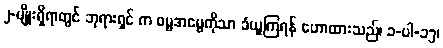
၂-မျိုးရှိရာတွင် ဘုရားရှင် က ဓမ္မအမွေကိုသာ ခံယူကြရန် ဟောထားသည်၊ ၁-ပါ-၁၅၊